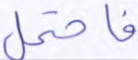
فاحتمل